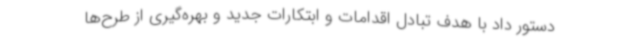
دستور داد با هدف تبادل اقدامات و ابتکارات جدید و بهره‌گیری از طرح‌ها